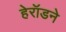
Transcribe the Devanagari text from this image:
हेरॉडने